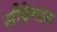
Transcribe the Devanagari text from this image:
सीडेनहम